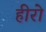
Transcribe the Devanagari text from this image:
हीरो